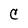
Character: C